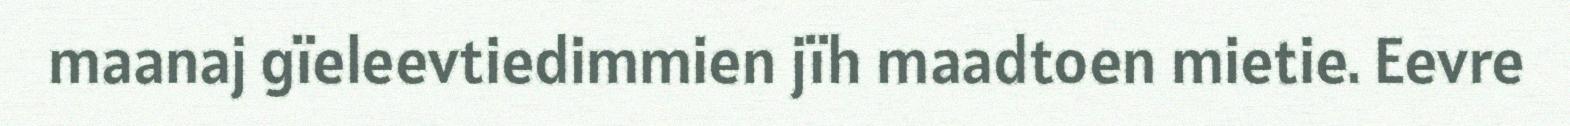
maanaj gïeleevtiedimmien jïh maadtoen mietie. Eevre